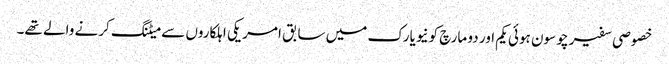
خصوصی سفیر چو سون ہوئی یکم اور دو مارچ کونیویارک میں سابق امریکی اہلکاروں سے میٹنگ کرنے والے تھے۔